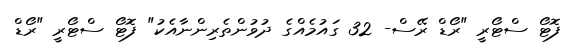
ފޮޓޯ ސްޓޯރީ "ރޯޑް ރޭސް- 32 ގައުމެއްގެ ދުވުންތެރިންނާއެކު" ފޮޓޯ ސްޓޯރީ "ރޯޑް